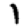
Digit: 1